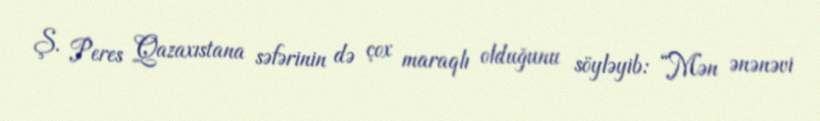
Ş. Peres Qazaxıstana səfərinin də çox maraqlı olduğunu söyləyib: “Mən ənənəvi